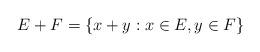
LaTeX: \begin{align*} E + F = \{ x + y: x \in E, y \in F \} \end{align*}